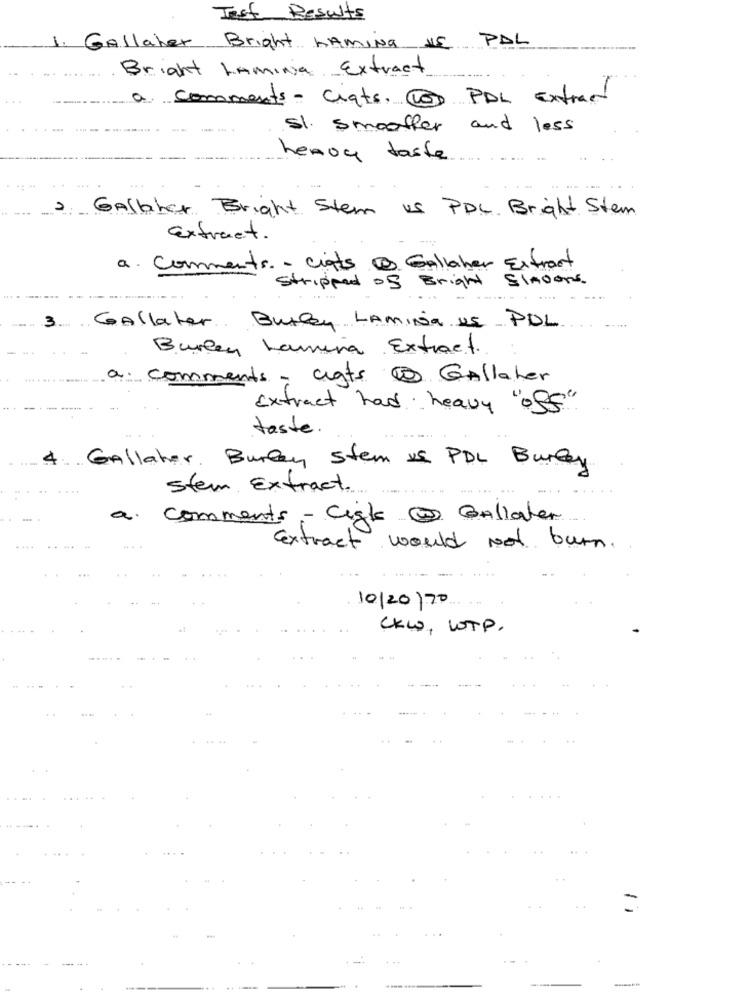
Test Results
1.
HE PAL
Gallaher Bright NAMING
Bright Lamina Extract
a. comments - crats, 10) PDL Extract
SI. smooffer and less
heavy taste
Gelbher Bright Stem us PDL. Bright Stem
Extract.
a. Comments- ciats @ Gallaher Extract
Stripped of Bright Slmoons.
3. GAllater Burley LAmina US PDL
Burken Lamina Extract.
a. comments - cats @ Gallaher
Extract had heavy "off"
taste.
4. Gallaher Burley Stem is PDL Burley
Stem Extract.
a.
comments - Cigk @ Bollater
Extract would Not burn.
10/20 /20
CKW, WTP.
=